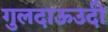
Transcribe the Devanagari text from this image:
गुलदाऊउदी